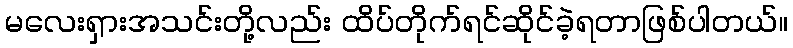
မလေးရှားအသင်းတို့လည်း ထိပ်တိုက်ရင်ဆိုင်ခဲ့ရတာဖြစ်ပါတယ်။